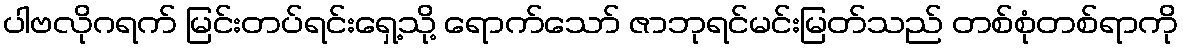
ပါဗလိုဂရက် မြင်းတပ်ရင်းရှေ့သို့ ရောက်သော် ဇာဘုရင်မင်းမြတ်သည် တစ်စုံတစ်ရာကို